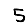
Digit: 5